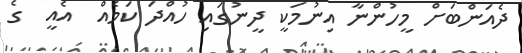
ދެއަންބަށް މީހުންނާ އިނުމަކީ ދީނުގައި ހުއްދަ ކަމެއް  އެއީ  ގެ